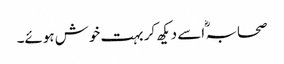
صحابہ ؓ اسے دیکھ کر بہت خوش ہوئے۔